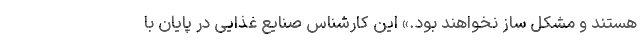
هستند و مشکل ساز نخواهند بود.» این کارشناس صنایع غذایی در پایان با